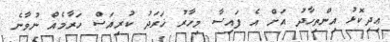
ޢިދިކޮޅު އިންތިހާދު އަށް އެ ފައިސާ މިހާރު ޚަރަދު ކުރިއަސް ހަރާމެއް ނުވާނެ